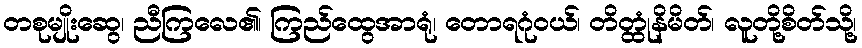
တစုမျိုးဆွေ၊ ညီကြလေ၏၊ ကြည်ထွေအာရုံ၊ တောရဂုံဝယ်၊ တိတ္ထုံနိမိတ်၊ လူတို့စိတ်သို့၊